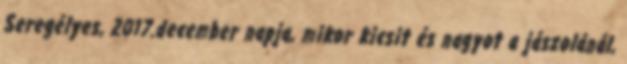
Seregélyes, 2017.december napja, mikor kicsit és nagyot a jászolánál,